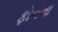
ફોનના